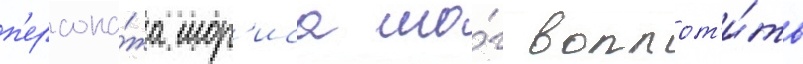
п'ерсона́жа мор'иса мо́г воплот'и́ть